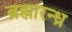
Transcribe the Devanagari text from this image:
ब्रह्मारन्ध्र